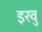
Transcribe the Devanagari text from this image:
इरवु